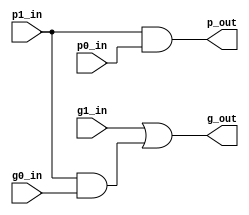
//
// Created by         :
// Last Modified      : 
// Update Count       :2023-09-20 00:47
// Description        :
//                     
//                     
//=======================================================================
module gp_calc(
    g0_in,
    p0_in,
    g1_in,
    p1_in,
    g_out,
    p_out
);

input g0_in;
input p0_in;
input g1_in;
input p1_in;
output g_out;
output p_out;

assign g_out = g1_in | (p1_in & g0_in);
assign p_out = p1_in & p0_in;

endmodule